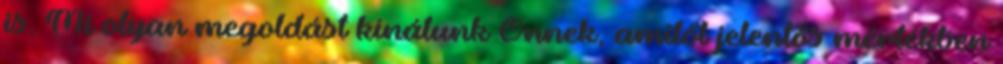
is. Mi olyan megoldást kínálunk Önnek, amitől jelentős mértékben